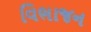
વિભાજન